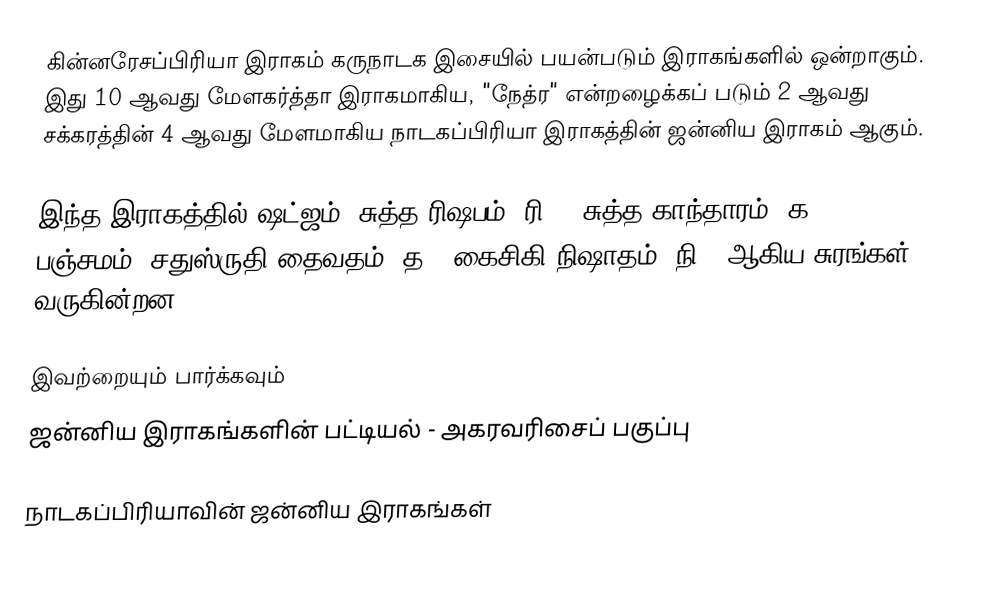
கின்னரேசப்பிரியா இராகம் கருநாடக இசையில் பயன்படும் இராகங்களில் ஒன்றாகும். இது 10 ஆவது மேளகர்த்தா இராகமாகிய, "நேத்ர" என்றழைக்கப் படும் 2 ஆவது சக்கரத்தின் 4 ஆவது மேளமாகிய நாடகப்பிரியா இராகத்தின் ஜன்னிய இராகம் ஆகும்.

இந்த இராகத்தில் ஷட்ஜம், சுத்த ரிஷபம் (ரி1),  சுத்த காந்தாரம் (க1), பஞ்சமம்,  சதுஸ்ருதி தைவதம் (த2) கைசிகி நிஷாதம்  (நி2) ஆகிய சுரங்கள் வருகின்றன.

இவற்றையும் பார்க்கவும்
 ஜன்னிய இராகங்களின் பட்டியல் - அகரவரிசைப் பகுப்பு

நாடகப்பிரியாவின் ஜன்னிய இராகங்கள்